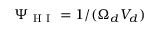
\Psi _ { \mathrm { ~ H ~ I ~ } } = 1 / ( \Omega _ { d } V _ { d } )